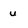
Character: u